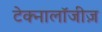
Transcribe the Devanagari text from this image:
टेक्नालॉजीज़